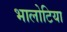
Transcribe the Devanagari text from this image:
भालोटिया